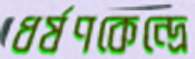
ধর্ষণকেন্দ্রে